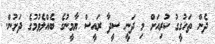
ދެން ތަހުގީގު ކުރިއަށް މި ދަނީ ސީދާ ރައީސް ޔާމީނުގެ ބެއްލެވުމުގެ ދަށުން.